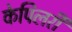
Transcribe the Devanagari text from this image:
केपिलरी